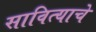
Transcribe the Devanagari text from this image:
सावित्याचे